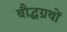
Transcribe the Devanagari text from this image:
बौद्धग्रथों